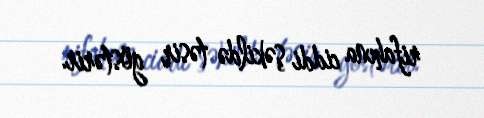
rifahına ciddi şəkildə təsir göstərir.